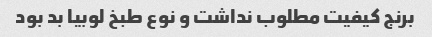
برنج کیفیت مطلوب نداشت و نوع طبخ لوبیا بد بود